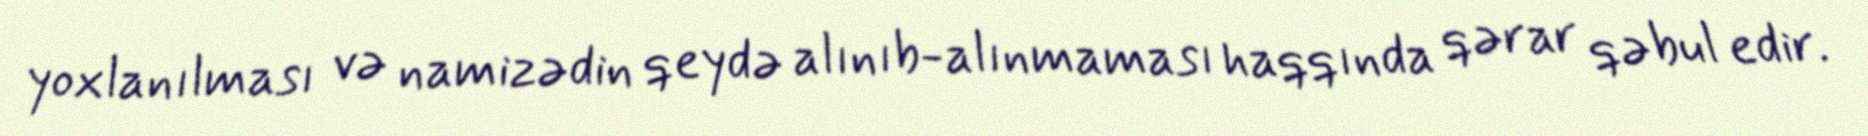
yoxlanılması və namizədin qeydə alınıb-alınmaması haqqında qərar qəbul edir.